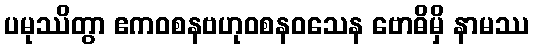
ပမုဿိတွာ ဧကဝစနဗဟုဝစနဝသေန ဗောဓိမှိ နာမဿ